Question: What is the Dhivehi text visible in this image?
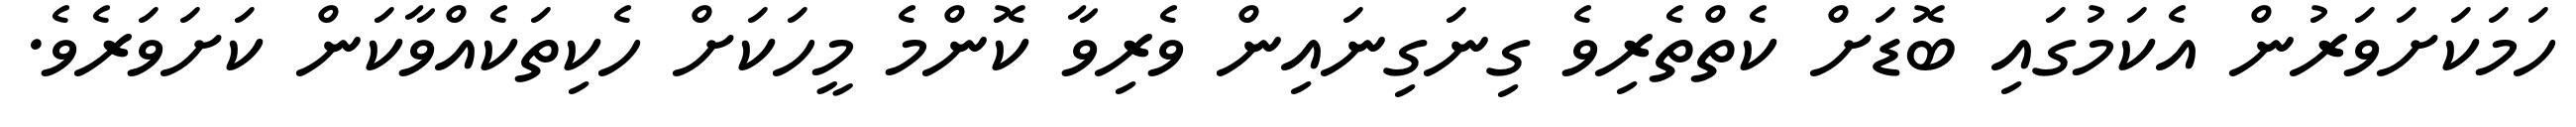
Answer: ހަމަކަށަވަރުން އެކަމުގައި ބޮޑަށް ކެތްތެރިވެ ގިނަގިނައިން ވެރިވާ ކޮންމެ މީހަކަށް ހެކިތަކެއްވާކަން ކަށަވަރެވެ.